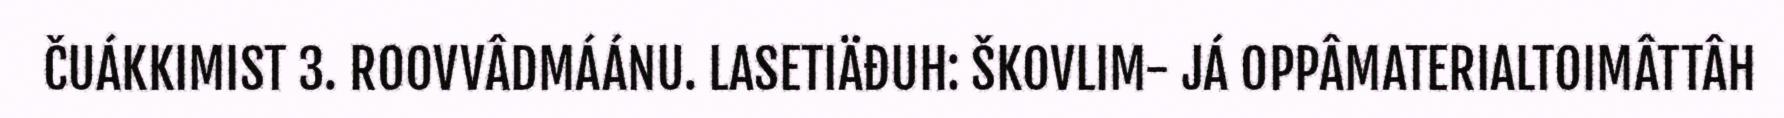
ČUÁKKIMIST 3. ROOVVÂDMÁÁNU. LASETIÄĐUH: ŠKOVLIM- JÁ OPPÂMATERIALTOIMÂTTÂH